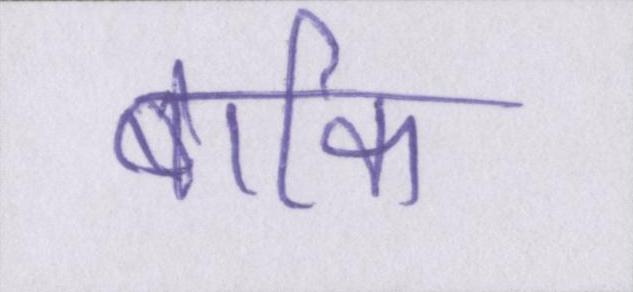
बाकि